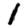
Digit: 1